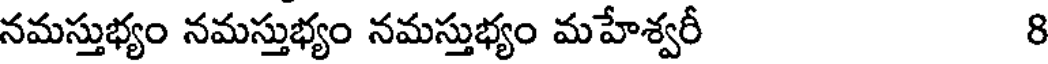
నమస్తుభ్యం నమస్తుభ్యం నమస్తుభ్యం మహేశ్వరీ 8